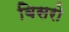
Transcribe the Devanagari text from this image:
बिसरो